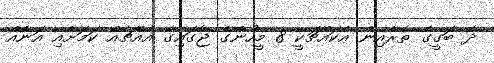
ދެ ބަގީގެ ތެރެއިން އެކައްޗަކީ 8 މީހުންގެ ޖާގައިގެ އެއްޗެއް ކަމަށާއި އަނެއް